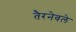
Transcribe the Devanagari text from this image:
तैरनेवले